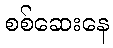
စစ်ဆေးနေ